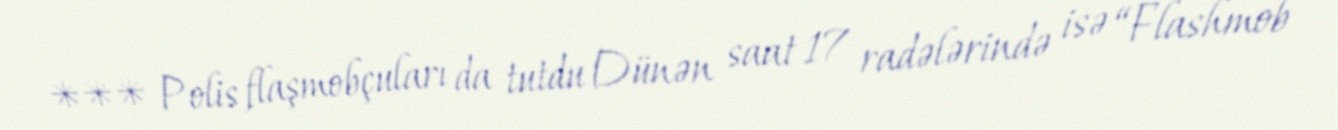
*** Polis flaşmobçuları da tutdu Dünən saat 17 radələrində isə “Flashmob